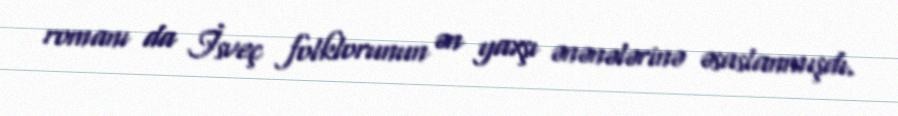
romanı da İsveç folklorunun ən yaxşı ənənələrinə əsaslanmışdı.